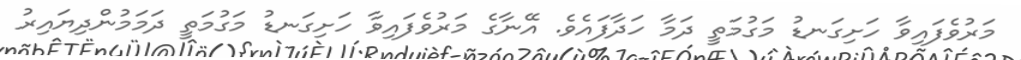
މަރުވެފައިވާ ހަށިގަނޑު މަގުމަތީ ދަމާ ހަދާފައެވެ. އޭނާގެ މަރުވެފައިވާ ހަށިގަނޑު މަގުމަތީ ދަމަމުންދިޔައިރު